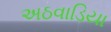
અઠવાડિયા